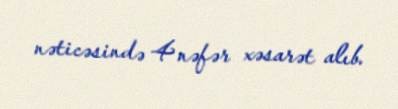
nəticəsində 4 nəfər xəsarət alıb.